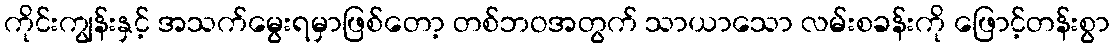
ကိုင်းကျွန်းနှင့် အသက်မွေးရမှာဖြစ်တော့ တစ်ဘဝအတွက် သာယာသော လမ်းစခန်းကို ဖြောင့်တန်းစွာ